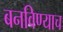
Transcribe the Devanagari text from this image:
बनविण्याच